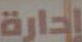
إدارة